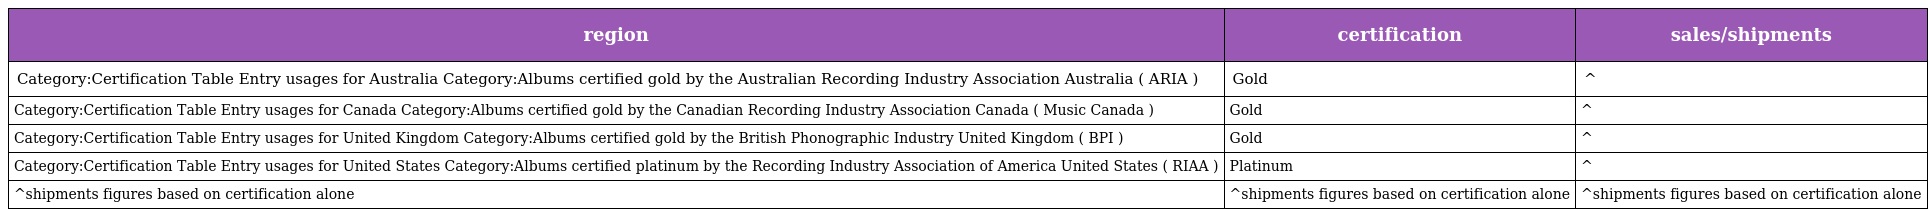
| region | certification | sales/shipments |
 | --- | --- | --- |
 | Category:Certification Table Entry usages for Australia Category:Albums certified gold by the Australian Recording Industry Association Australia ( ARIA ) | Gold | ^ |
 | Category:Certification Table Entry usages for Canada Category:Albums certified gold by the Canadian Recording Industry Association Canada ( Music Canada ) | Gold | ^ |
 | Category:Certification Table Entry usages for United Kingdom Category:Albums certified gold by the British Phonographic Industry United Kingdom ( BPI ) | Gold | ^ |
 | Category:Certification Table Entry usages for United States Category:Albums certified platinum by the Recording Industry Association of America United States ( RIAA ) | Platinum | ^ |
 | ^shipments figures based on certification alone | ^shipments figures based on certification alone | ^shipments figures based on certification alone |